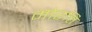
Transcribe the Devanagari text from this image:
मोरत्ति